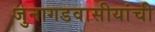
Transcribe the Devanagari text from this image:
जुनागडवासीयांची